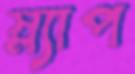
স্ল্যাপ